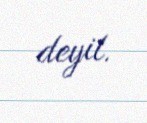
deyil.